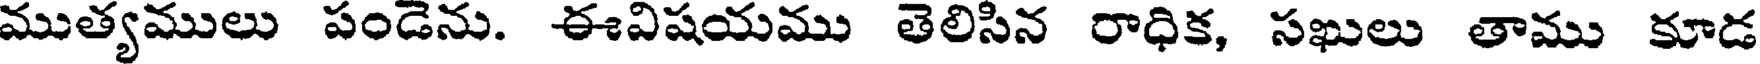
ముత్యములు పండెను. ఈవిషయము తెలిసిన రాధిక, సఖులు తాము కూడ